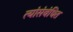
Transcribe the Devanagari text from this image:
त्यांसंबंधित